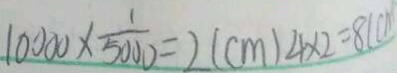
1 0 0 0 0 \times \frac { 1 } { 5 0 0 0 } = 2 ( c m ) 4 \times 2 = 8 ( c n